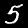
Digit: 5